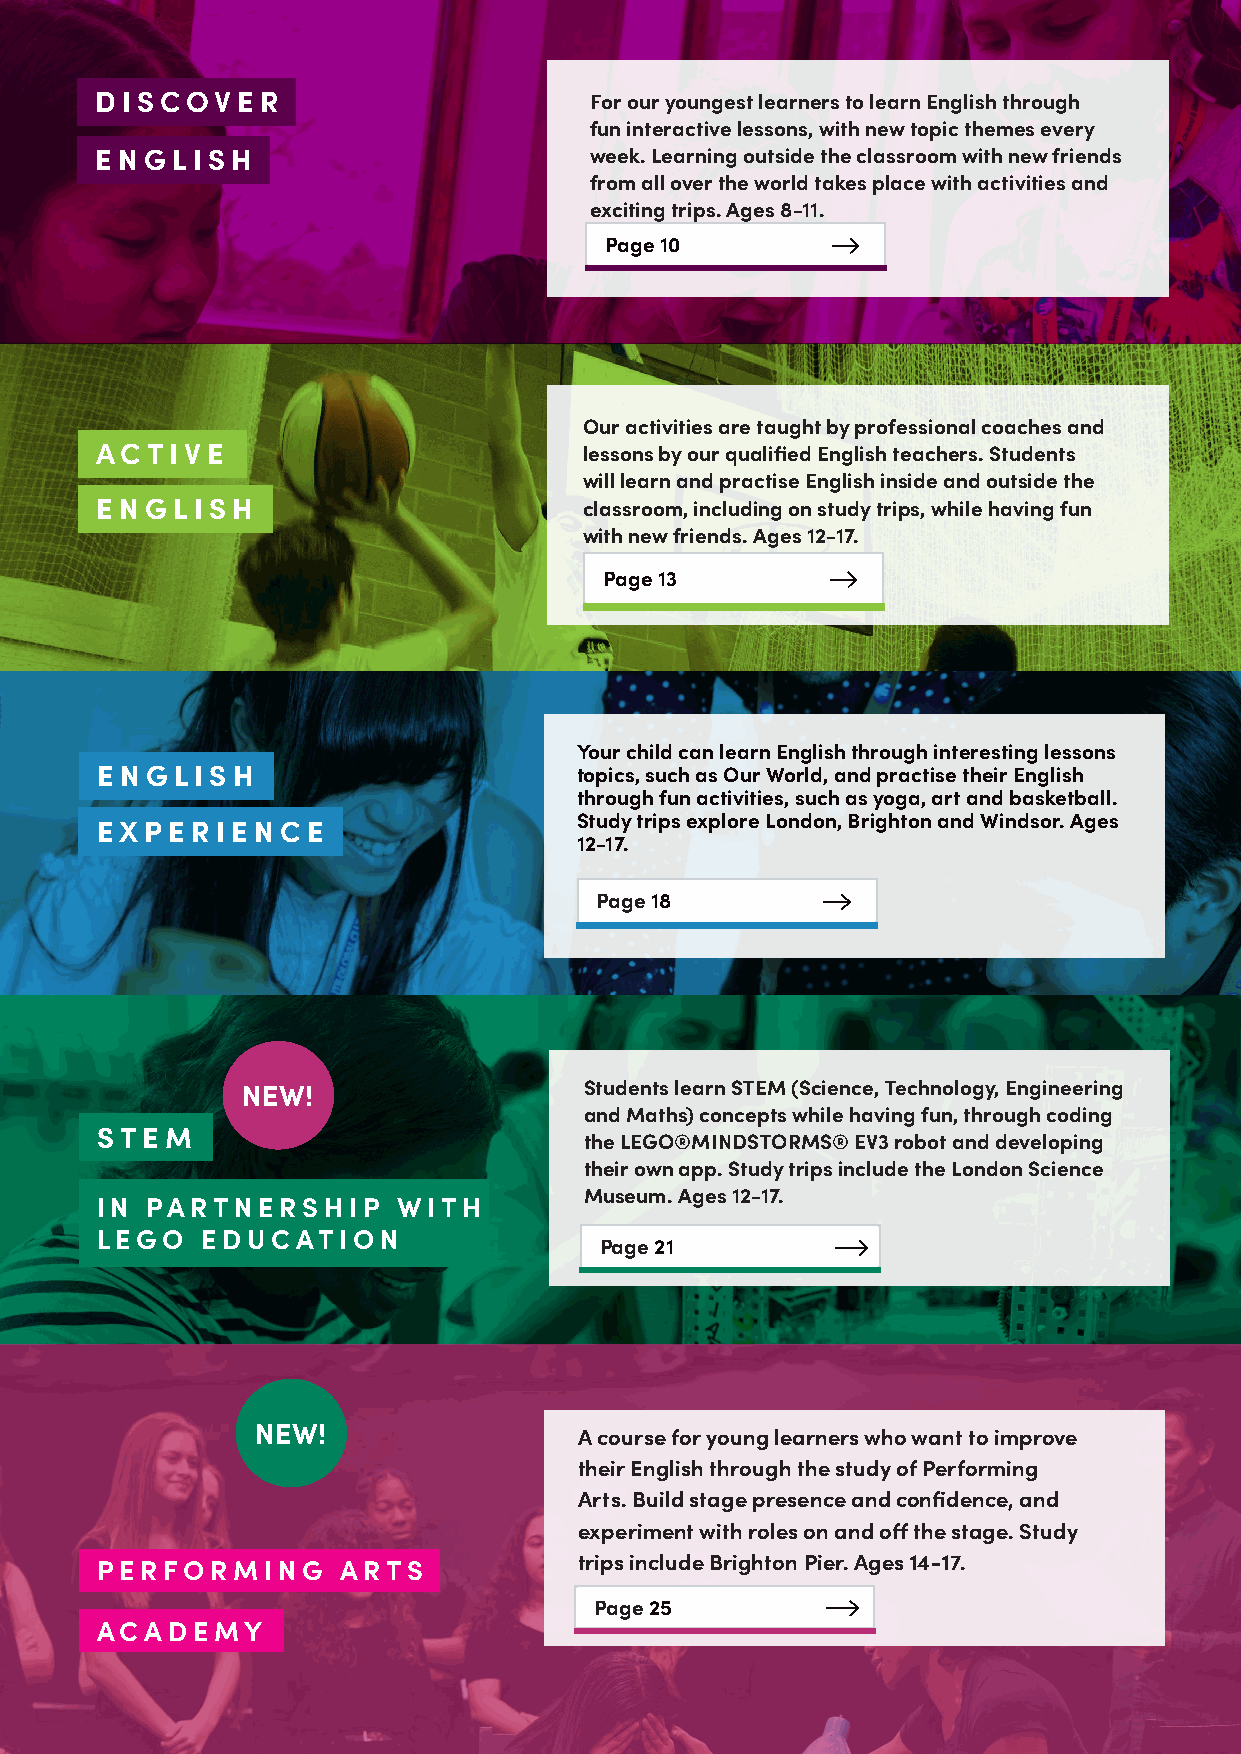
DISCOVER                         For our youngest learners to learn English through
 fun interactive lessons, with new topic themes every
 ENGLISH                          week. Learning outside the classroom with new friends
 from all over the world takes place with activities and
 exciting trips. Ages 8-11.
 Page 10
 Our activities are taught by professional coaches and
 AC  TIVE                         lessons by our qualified English teachers. Students
 will learn and practise English inside and outside the
 ENGLISH                          classroom, including on study trips, while having fun
 with new friends. Ages 12-17.
 Page 13
 Your child can learn English through interesting lessons
 ENGLISH                         topics, such as Our World, and practise their English
 through fun activities, such as yoga, art and basketball.
 Study trips explore London, Brighton and Windsor. Ages
 E XPERIENCE
 12-17.
 Page 18
 NEW!                   Students learn STEM (Science, Technology, Engineering
 and Maths) concepts while having fun, through coding
 STEM
 the LEGO®MINDSTORMS® EV3 robot and developing
 their own app. Study trips include the London Science
 Museum. Ages 12-17.
 IN  PARTNERSHIP     WITH
 LEGO   EDUCATION
 Page 21
 NEW!
 A course for young learners who want to improve
 their English through the study of Performing
 Arts. Build stage presence and confidence, and
 experiment with roles on and off the stage. Study
 trips include Brighton Pier. Ages 14-17.
 PERFORMING      ARTS
 Page 25
 ACADEMY
 9   visit ihlondon.com | call +44 (0)20 7611 2400 | email sales@ihlondon.com